Report on sanitation, dispensaries, and jails in Rajputana for 1910, and on vaccination for the year 1910-1911 - 1910-1911
Year: 1910
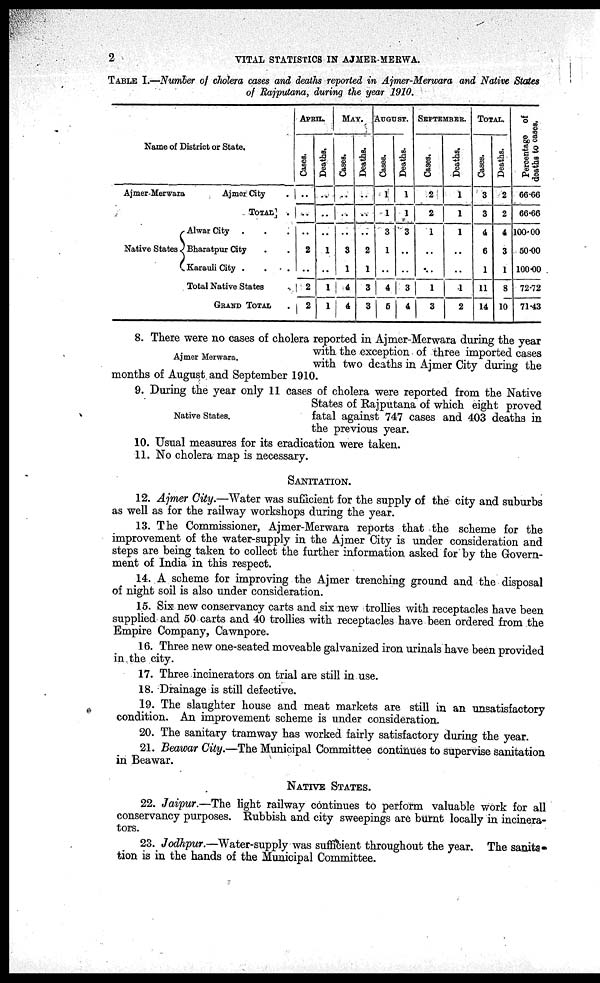
2
VITAL STATISTICS IN AJMER-MERWA.
TABLE I.—Number of cholera cases and deaths reported in Ajmer-Merwara and Native States
of Rajputana, during the year 1910.
Name of District or State.
Ajmer-Merwara
Native States
Ajmer City .
TOTAL .
Alwar City . . .
Bharatpur City . .
Karauli City .
. . .
Total Native States
GRAND TOTAL
APRIL
Cases.
..
..
..
2
..
2
2
Deaths.
..
..
..
1
..
1
1
MAY.
Cases.
..
..
..
3
1
4
4
Deaths.
..
..
..
2
1
3
3
AUGUST.
Cases.
1
1
3
1
..
4
5
Deaths.
1
1
3
..
..
3
4
SEPTEMBER.
Cases.
2
2
1
..
..
1
3
Deaths.
1
1
1
..
..
1
2
TOTAL.
Cases.
3
3
4
6
1
11
14
Deaths.
2
2
4
3
1
8
10
Percentage of
deaths to cases.
66.66
66.66
100.00
50.00
100.00
72.72
71.43
Ajmer Merwara.
8. There were no cases of cholera reported in Ajmer-Merwara during the year
with the exception of three imported cases
with two deaths in Ajmer City during the
months of August and September 1910.
Native States.
9. During the year only 11 cases of cholera were reported from the Native
States of Rajputana of which eight proved
fatal against 747 cases and 403 deaths in
the previous year.
10. Usual measures for its eradication were taken.
11. No cholera map is necessary.
SANITATION.
12. Ajmer City.— Water was sufficient for the supply of the city and suburbs
as well as for the railway workshops during the year.
13. The Commissioner, Ajmer-Merwara reports that the scheme for the
improvement of the water-supply in the Ajmer City is under consideration and
steps are being taken to collect the further information asked for by the Govern-
ment of India in this respect.
14. A scheme for improving the Ajmer trenching ground and the disposal
of night soil is also under consideration.
15. Six new conservancy carts and six new trollies with receptacles have been
supplied and 50 carts and 40 trollies with receptacles have been ordered from the
Empire Company, Cawnpore.
16. Three new one-seated moveable galvanized iron urinals have been provided
in the city.
17. Three incinerators on trial are still in use.
18. Drainage is still defective.
19. The slaughter house and meat markets are still in an unsatisfactory
condition. An improvement scheme is under consideration.
20. The sanitary tramway has worked fairly satisfactory during the year.
21. Beawar City.—The Municipal Committee continues to supervise sanitation
in Beawar.
NATIVE STATES.
22. Jaipur.—The light railway continues to perform valuable work for all
conservancy purposes. Rubbish and city sweepings are burnt locally in incinera-
tors.
23. Jodhpur.—Water-supply was sufficient throughout the year. The sanita¬
tion is in the hands of the Municipal Committee.